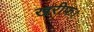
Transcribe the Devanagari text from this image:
खरीफ।